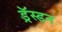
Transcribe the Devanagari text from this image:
ड्रॅस्डन